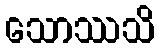
သောဿသိ